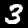
Digit: 3